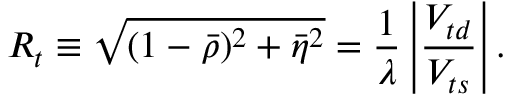
R _ { t } \equiv \sqrt { ( 1 - \bar { \rho } ) ^ { 2 } + \bar { \eta } ^ { 2 } } = { \frac { 1 } { \lambda } } \left| { \frac { V _ { t d } } { V _ { t s } } } \right| .